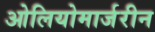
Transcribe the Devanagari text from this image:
ओलियोमार्जरीन